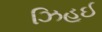
ઝિહૂઈ